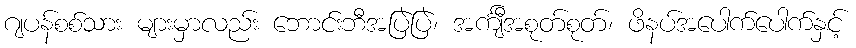
ဂျပန်စစ်သား များမှာလည်း ဘောင်းဘီအပြဲပြဲ၊ အင်္ကျီအစုတ်စုတ်၊ ဖိနပ်အပေါက်ပေါက်နှင့်